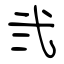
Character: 弐